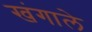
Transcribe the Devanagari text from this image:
खंगाले